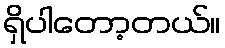
ရှိပါတော့တယ်။